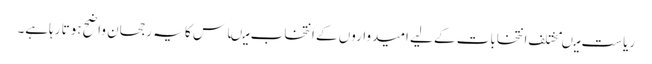
ریاست میںمختلف انتخابات کے لیے امیدواروں کے انتخاب میںاس کا یہ رجحان واضح ہوتا رہاہے۔